Report on sanitation, dispensaries, and jails in Rajputana for 1912, and on vaccination for the year 1912-1913 - 1912-1913
Year: 1912
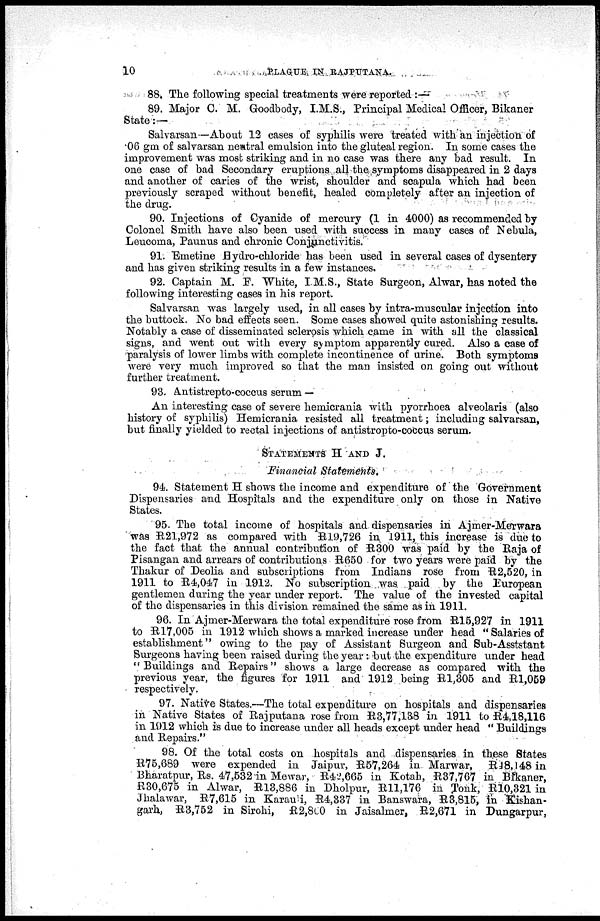
10
PLAGUE IN RAJPUTANA.
88. The following special treatments were reported :—
89. Major C. M. Goodbody, I.M.S., Principal Medical Officer, Bikaner
State :—
Salvarsan—About 12 cases of syphilis were treated with an injection of
06 gm of salvarsan neutral emulsion into the gluteal region. In some cases the
improvement was most striking and in no case was there any bad result. In
one case of bad Secondary eruptions all the symptoms disappeared in 2 days
and another of caries of the wrist, shoulder and scapula which had been
previously scraped without benefit, healed completely after an injection of
the drug.
90. Injections of Cyanide of mercury (1 in 4000) as recommended by
Colonel Smith have also been used with success in many cases of Nebula,
Leucoma, Paunus and chronic Conjunctivitis.
91. Emetine Hydro-chloride has been used in several cases of dysentery
and has given striking results in a few instances.
92. Captain M. F. White, I.M.S., State Surgeon, Alwar, has noted the
following interesting cases in his report.
Salvarsan was largely used, in all cases by intra-muscular injection into
the buttock. No bad effects seen. Some cases showed quite astonishing results.
Notably a case of disseminated sclerosis which came in with all the classical
signs, and went out with every symptom apparently cured. Also a case of
paralysis of lower limbs with complete incontinence of urine. Both symptoms
were very much improved so that the man insisted on. going out without
further treatment.
93. Antistrepto-coccus serum —
An interesting case of severe hemicrania with pyorrhoea alveolaris (also
history of syphilis) Hemicrania resisted all treatment; including salvarsan,
but finally yielded to rectal injections of antistropto-coccus serum.
STATEMENTS H AND J.
Financial Statements.
94. Statement H shows the income and expenditure of the Government
Dispensaries and Hospitals and the expenditure only on those in Native
States.
95. The total income of hospitals and dispensaries in Ajmer-Merwara
was R21,972 as compared with R19,726 in 1911, this increase is due to
the fact that the annual contribution of R300 was paid by the Raja of
Pisangan and arrears of contributions R650 for two years were paid by the
Thakur of Deolia and subscriptions from Indians rose from R2,520, in
1911 to R4,047 in 1912. No subscription was paid by the European
gentlemen during the year under report. The value of the invested capital
of the dispensaries in this division remained the same as in 1911.
96. In Ajmer-Merwara the total expenditure rose from R15,927 in 1911
to R17,005 in 1912 which shows a marked increase under head "Salaries of
establishment" owing to the pay of Assistant Surgeon and Sub-Asststant
Surgeons having been raised during the year : but the expenditure under head
" Buildings and Repairs" shows a large decrease as compared with the
previous year, the figures for 1911 and 1912 being R1,305 and R1,059
respectively.
97. Native States.—The total expenditure on hospitals and dispensaries
in Native States of Rajputana rose from R3,77,138 in 1911 to R4,18,116
in 1912 which is due to increase under all heads except under head " Buildings
and Repairs."
98. Of the total costs on hospitals and dispensaries in these States
R75,689 were expended in Jaipur, R57,264 in Marwar, R48,148 in
Bharatpur, Rs. 47,532 in Mewar, R42,665 in Kotah, R37,767 in Bikaner,
R30,675 in Alwar, R13,886 in Dholpur, R11,176 in Jonk, R10,321 in
Jhalawar, R7,615 in Karaui, R4,837 in Banswara, R3,815, in Kishan-
garh, R3,752 in Sirohi, R2,800 in Jaisalmer, R2,67l in Dungarpur,